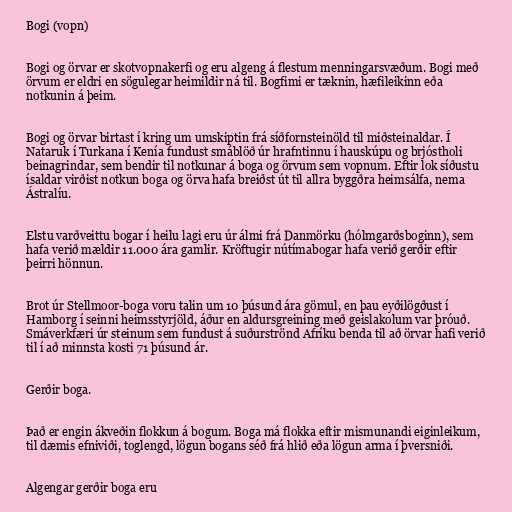
Bogi (vopn)

Bogi og örvar er skotvopnakerfi og eru algeng á flestum menningarsvæðum. Bogi með
örvum er eldri en sögulegar heimildir ná til. Bogfimi er tæknin, hæfileikinn eða
notkunin á þeim.

Bogi og örvar birtast í kring um umskiptin frá síðfornsteinöld til miðsteinaldar. Í
Nataruk í Turkana í Kenía fundust smáblöð úr hrafntinnu í hauskúpu og brjóstholi
beinagrindar, sem bendir til notkunar á boga og örvum sem vopnum. Eftir lok síðustu
ísaldar virðist notkun boga og örva hafa breiðst út til allra byggðra heimsálfa, nema
Ástralíu.

Elstu varðveittu bogar í heilu lagi eru úr álmi frá Danmörku (hólmgarðsboginn), sem
hafa verið mældir 11.000 ára gamlir. Kröftugir nútímabogar hafa verið gerðir eftir
þeirri hönnun.

Brot úr Stellmoor-boga voru talin um 10 þúsund ára gömul, en þau eyðilögðust í
Hamborg í seinni heimsstyrjöld, áður en aldursgreining með geislakolum var þróuð.
Smáverkfæri úr steinum sem fundust á suðurströnd Afríku benda til að örvar hafi verið
til í að minnsta kosti 71 þúsund ár.

Gerðir boga.

Það er engin ákveðin flokkun á bogum. Boga má flokka eftir mismunandi eiginleikum,
til dæmis efniviði, toglengd, lögun bogans séð frá hlið eða lögun arma í þversniði.

Algengar gerðir boga eru